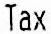
TAX